Preparation of a safe and efficient antirabic vaccine - Number 44
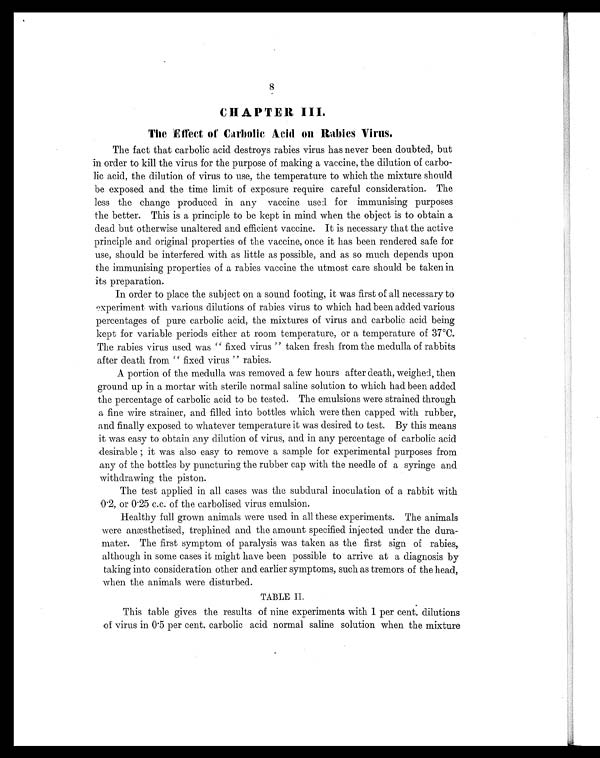
8
CHAPTER III.
The Effect of Carbolic Acid on Rabies Virus.
The fact that carbolic acid destroys rabies virus has never been doubted, but
in order to kill the virus for the purpose of making a vaccine, the dilution of carbo-
lic acid, the dilution of virus to use, the temperature to which the mixture should
be exposed and the time limit of exposure require careful consideration. The
less the change produced in any vaccine used for immunising purposes
the better. This is a principle to be kept in mind when the object is to obtain a
dead but otherwise unaltered and efficient vaccine. It is necessary that the active
principle and original properties of the vaccine, once it has been rendered safe for
use, should be interfered with as little as possible, and as so much depends upon
the immunising properties of a rabies vaccine the utmost care should be taken in
its preparation.
In order to place the subject on a sound footing, it was first of all necessary to
experiment with various dilutions of rabies virus to which had been added various
percentages of pure carbolic acid, the mixtures of virus and carbolic acid being
kept for variable periods either at room temperature, or a temperature of 37°C.
The rabies virus used was " fixed virus " taken fresh from the medulla of rabbits
after death from " fixed virus " rabies.
A portion of the medulla was removed a few hours after death, weighed, then
ground up in a mortar with sterile normal saline solution to which had been added
the percentage of carbolic acid to be tested. The emulsions were strained through
a fine wire strainer, and filled into bottles which were then capped with rubber,
and finally exposed to whatever temperature it was desired to test. By this means
it was easy to obtain any dilution of virus, and in any percentage of carbolic acid
desirable ; it was also easy to remove a sample for experimental purposes from
any of the bottles by puncturing the rubber cap with the needle of a syringe and
withdrawing the piston.
The test applied in all cases was the subdural inoculation of a rabbit with
0.2, or 0.25 c.c. of the carbolised virus emulsion.
Healthy full grown animals were used in all these experiments. The animals
were anæsthetised, trephined and the amount specified injected under the dura-
mater. The first symptom of paralysis was taken as the first sign of rabies,
although in some cases it might have been possible to arrive at a diagnosis by
taking into consideration other and earlier symptoms, such as tremors of the head,
when the animals were disturbed.
TABLE II
This table gives the results of nine experiments with 1 per cent. dilutions
of virus in 0.5 per cent. carbolic acid normal saline solution when the mixture